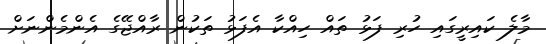
މާލެ ކައިރީގައި ހުރި ފަޅު ތައް ހިއްކާ އެފަޅު ތަކުން ރާއްޖޭގެ އެންމެންނަށް